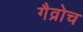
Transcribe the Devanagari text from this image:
गैव्रोच